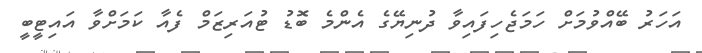
އަހަރު ބޭއްވުމަށް ހަމަޖެހިފައިވާ ދުނިޔޭގެ އެންމެ ބޮޑު ޓުއަރިޒަމް ފެއާ ކަމަށްވާ އައިޓީބީ